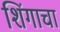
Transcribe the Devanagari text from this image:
शिंगाचा